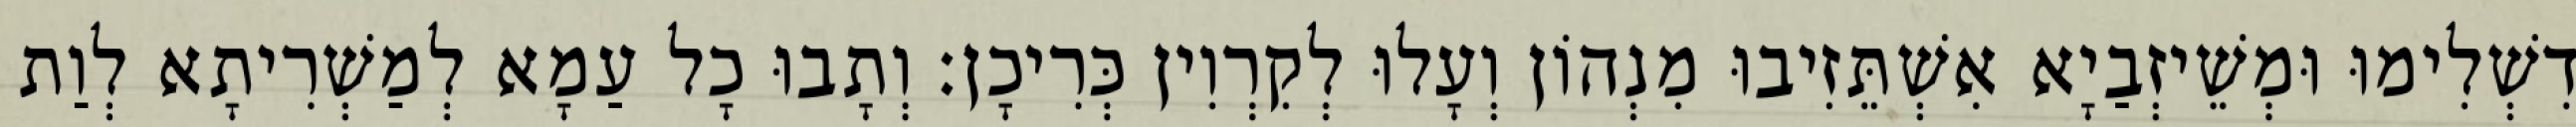
דִשְׁלִימוּ וּמְשֵׁיזְבַיָא אִשְׁתֵּזִיבוּ מִנְהוֹן וְעָלוּ לְקִרְוִין כְּרִיכָן׃ וְתָבוּ כָל עַמָא לְמַשְׁרִיתָא לְוַת